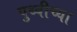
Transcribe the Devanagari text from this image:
पुथ्वीच्या